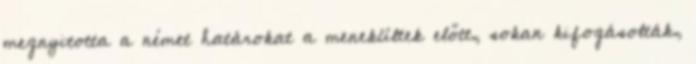
megnyitotta a német határokat a menekültek előtt, sokan kifogásolták,